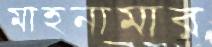
মাহনামার